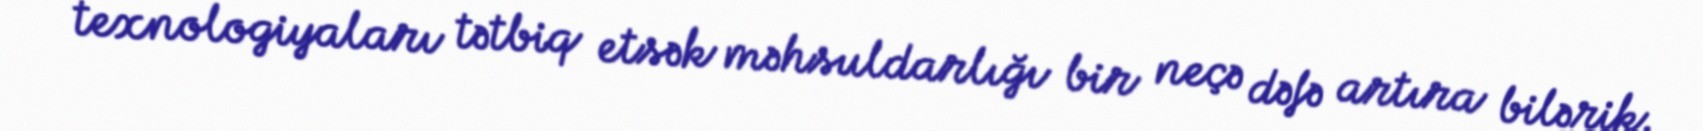
texnologiyaları tətbiq etsək məhsuldarlığı bir neçə dəfə artıra bilərik.